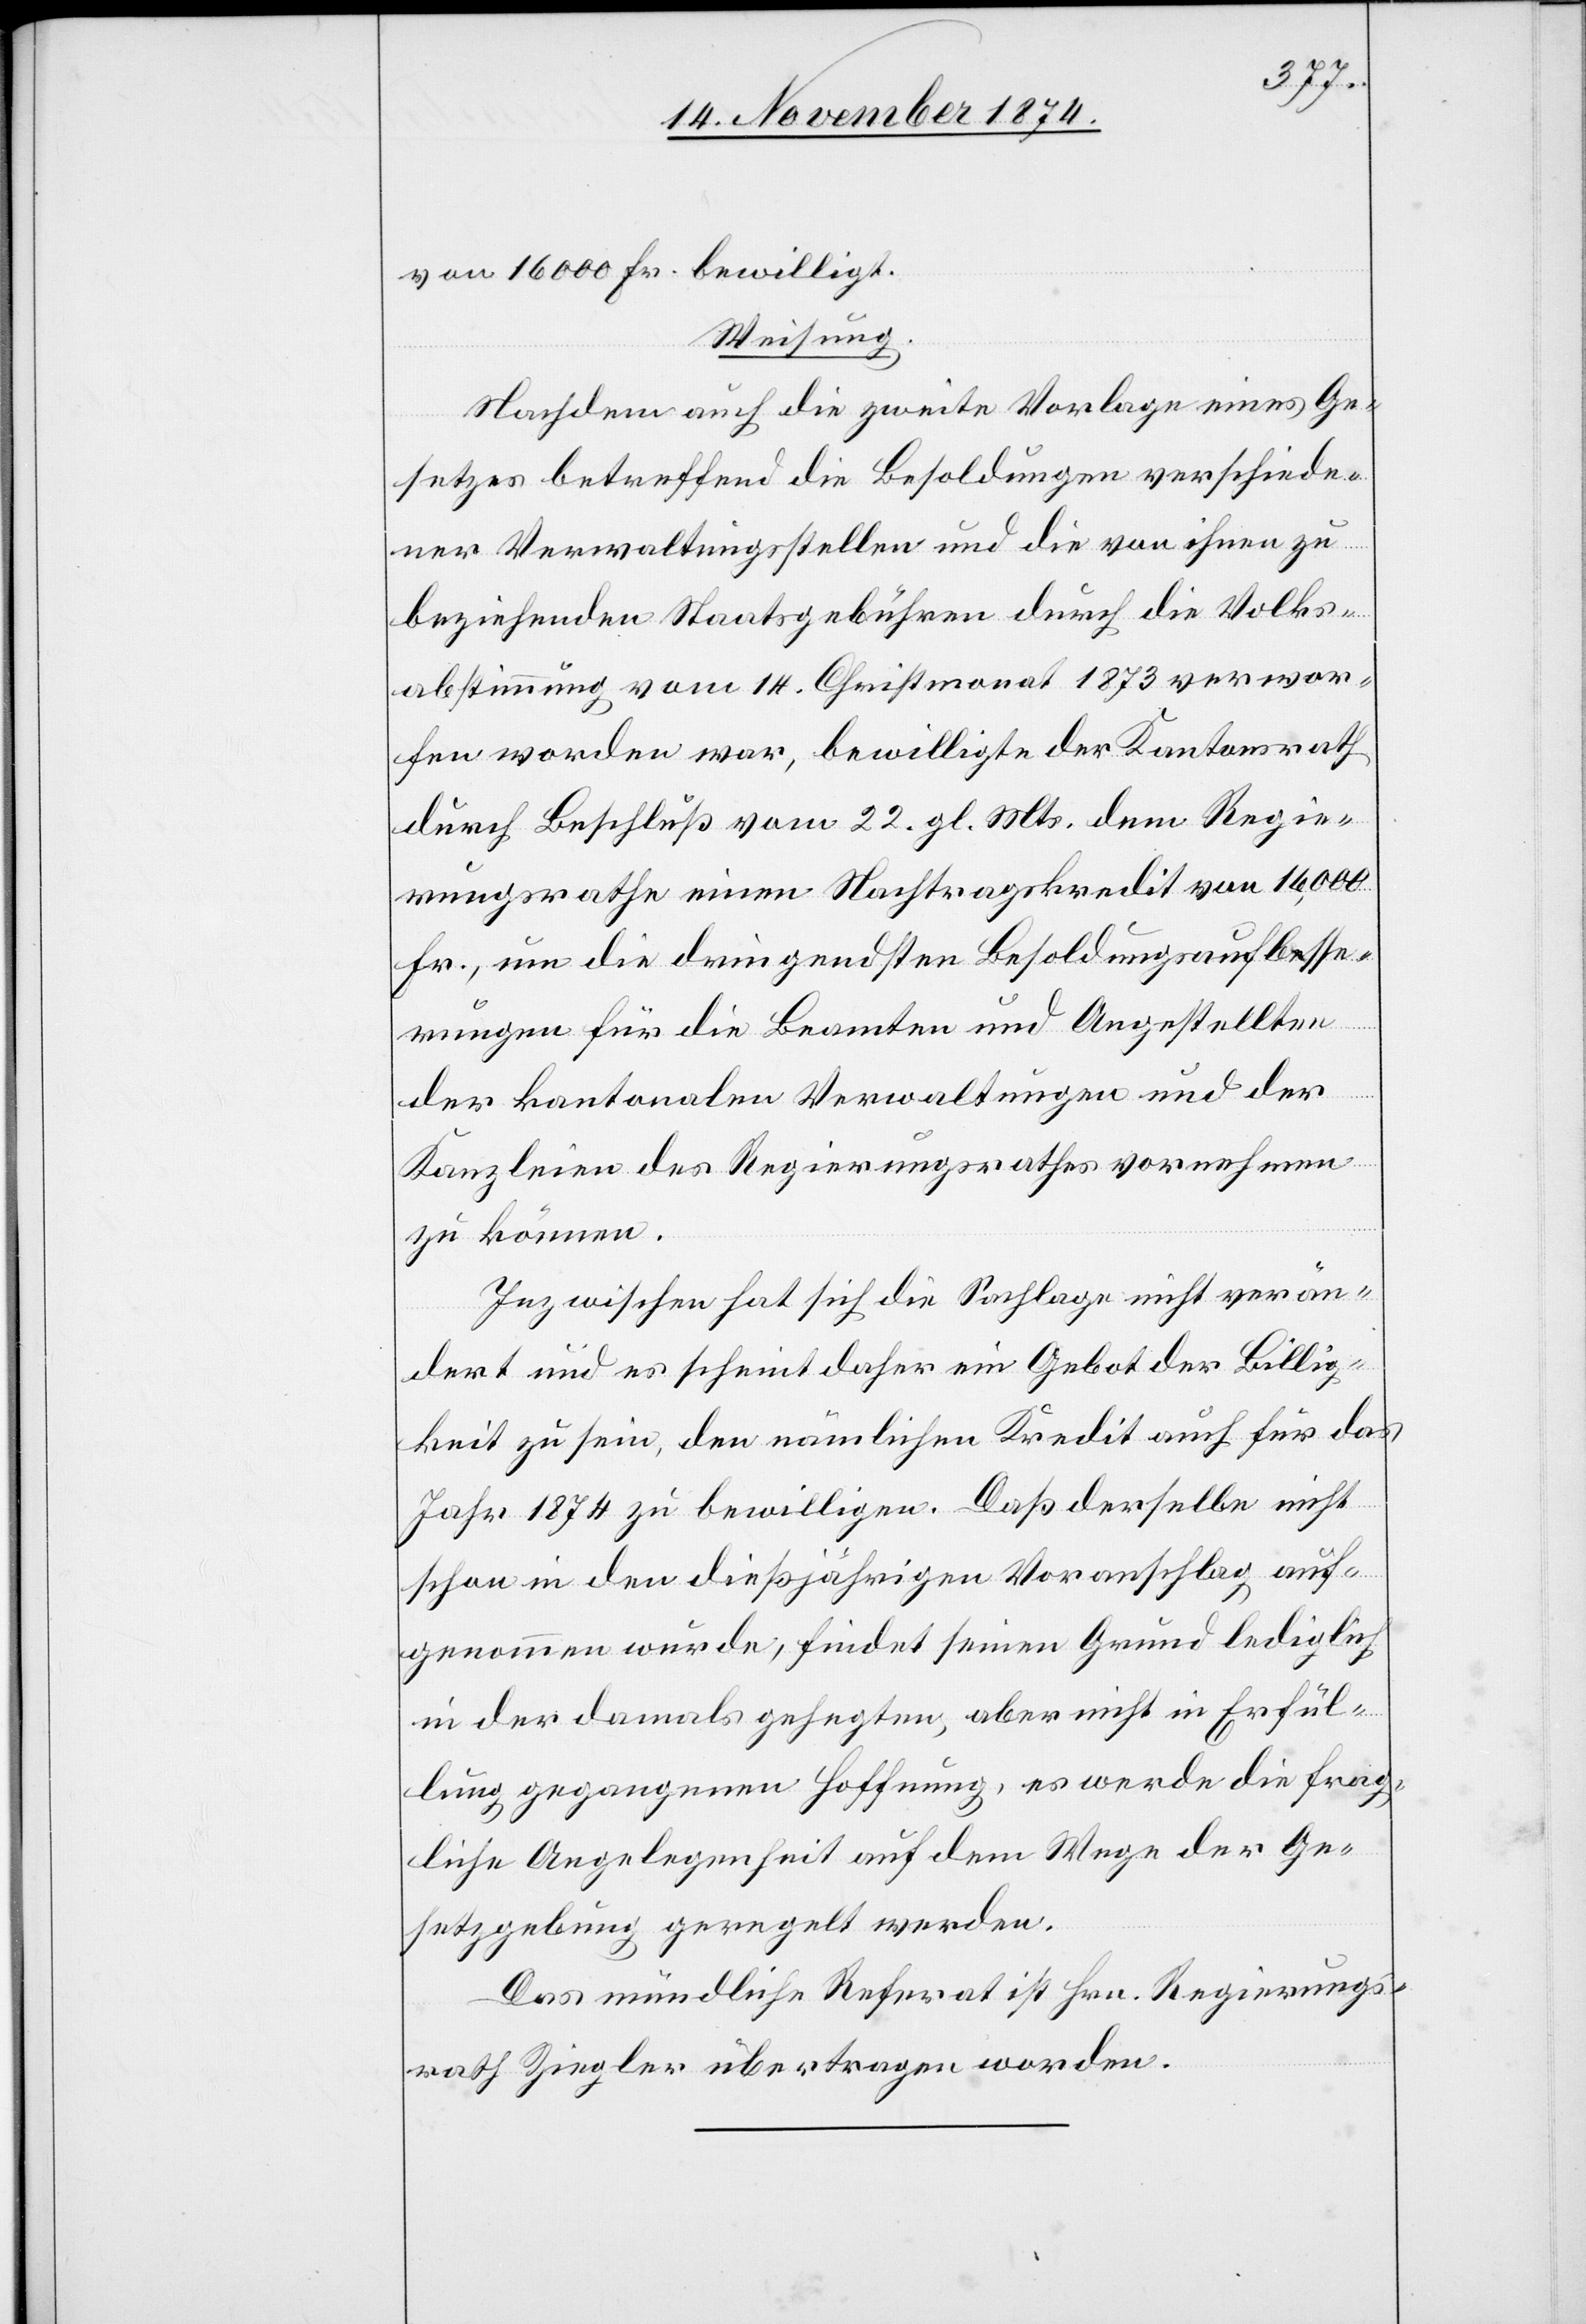
von 1600 Fr. bewilligt.
Weisung.
Nachdem auch die zweite Vorlage eines Ge¬
setzes betreffend die Besoldungen verschiede¬
ner Verwaltungsstellen und die von ihnen zu
beziehenden Staatsgebühren durch die Volks¬
abstimmung vom 14. Christmonat 1873 verwor¬
fen worden war, bewilligte der Kantonsrath
durch Beschluß vom 22. gl. Mts. dem Regie¬
rungsrathe einen Nachtragskredit von 16,000
Fr., um die dringendsten Besoldungsaufbesse¬
rungen für die Beamten und Angestellten
der kantonalen Verwaltungen und der
Kanzleien des Regierungsrathes vornehmen
zu können.
Inzwischen hat sich die Sachlage nicht verän¬
dert und es scheint daher ein Gebot der Billig¬
keit zu sein, den nämlichen Kredit auch für das
Jahr 1874 zu bewilligen. Daß derselbe nicht
schon in den dießjährigen Voranschlag auf¬
genommen wurde, findet seinen Grund lediglich
in der damals gehegten, aber nicht in Erfül¬
lung gegangenen Hoffnung, es werde die frag¬
liche Angelegenheit auf dem Wege der Ge¬
setzgebung geregelt werden.
Das mündliche Referat ist Hrn. Regierungs¬
rath Ziegler übertragen worden.